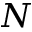
N